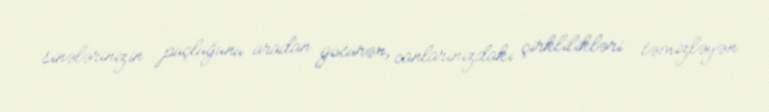
sinələrinizin puçluğunu aradan götürən, canlarınızdakı çirklilikləri təmizləyən